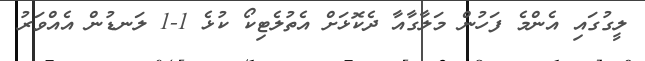
ލީގުގައި އެންމެ ފަހުން މަލާގާއާ ދެކޮޅަށް އެތުލެޓިކޯ ކުޅެ 1-1 ލަނޑުން އެއްވަރު